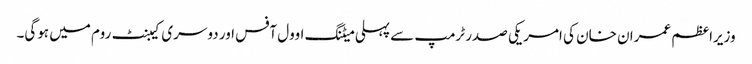
وزیراعظم عمران خان کی امریکی صدر ٹرمپ سے پہلی میٹنگ اوول آفس اور دوسری کیبنٹ روم میں ہوگی۔